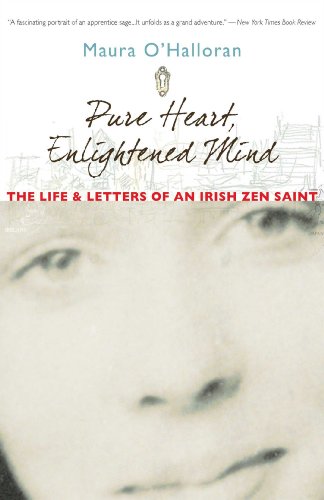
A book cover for Pure Heart, Enlightened Mind: The Life and Letters of an Irish Zen Saint; Maura O'Halloran; Literature & Fiction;